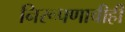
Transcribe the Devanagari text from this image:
निरूपणाचीही